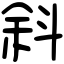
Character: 斜